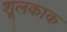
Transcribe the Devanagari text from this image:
शूलकाक